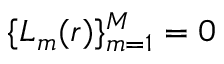
\{ L _ { m } ( r ) \} _ { m = 1 } ^ { M } = 0